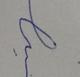
Signature authenticity: forged